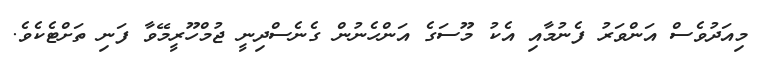
މިއަދުވެސް އަންވަރު ފެނުމާއި އެކު މޫސަގެ އަންހެނުން ގެނެސްދިނީ ޖުމްހޫރީމޭވާ ފަނި ތަށްޓެކެވެ.